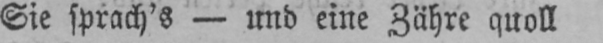
Sie sprach’s - und eine Zähre quoll